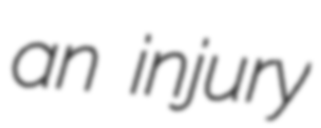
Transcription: an injury